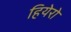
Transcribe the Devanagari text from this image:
हियेरो